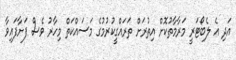
އަދި އެ ލެބޯޓަރީ މަރާމާތުކޮށް އިތުރަށް ތަރައްގީކުރުމުގެ މަސައްކަތް މިހާރު ވެސް ފަށާފައިވާ